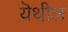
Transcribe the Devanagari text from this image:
यॆथील